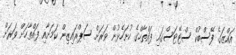
އައްޒަގެ ފޭސްބުކް ސްޓޭޓަސްގައި ފައްތާހްގެ ހުށަހެޅުން ވަރަށް ސަޕްރައިޒިން ކަމަށާއި ފައްތާހަށް ވަރަށް